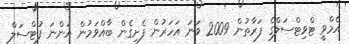
އެމްވީ ޓްވިޓްސަލްގެ ފަރާތުން 2009 ވަނަ އަހަރުން ފެށިގެން ބާއްވަމުން އަންނަ ފުޓްސަލް